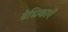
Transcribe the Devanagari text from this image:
वेधिकाएँ